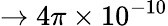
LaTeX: \to 4\pi\times 10^{-10}